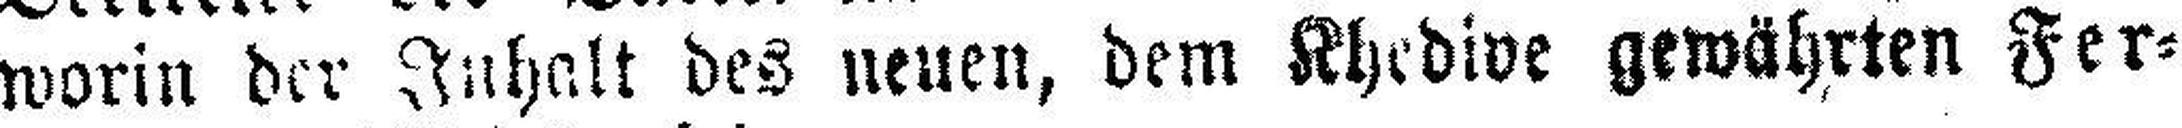
worin der Inhalt des neuen, dem Khedive gewährten Fer¬